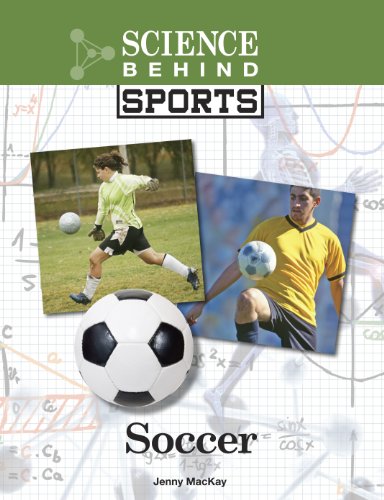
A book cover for Soccer (Science Behind Sports); Jenny MacKay; Teen & Young Adult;